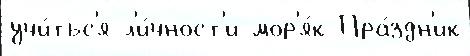
учи́тьс'я л'и́чност'и мор'я́к Пра́здн'ик